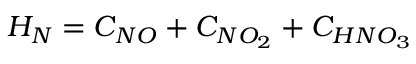
H _ { N } = C _ { N O } + C _ { N O _ { 2 } } + C _ { H N O _ { 3 } }